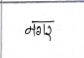
मजकूर: नगर